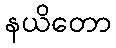
နယိတော